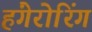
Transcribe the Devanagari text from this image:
हंगेरोरिंग